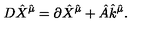
D { \hat { X } } ^ { { \hat { \mu } } } = \partial { \hat { X } } ^ { { \hat { \mu } } } + { \hat { A } } { \hat { k } } ^ { { \hat { \mu } } } .